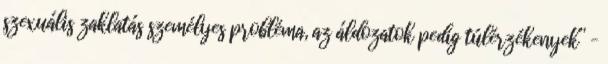
szexuális zaklatás személyes probléma, az áldozatok pedig túlérzékenyek” –